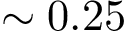
\sim 0 . 2 5